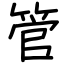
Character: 管